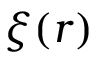
\xi ( r )